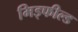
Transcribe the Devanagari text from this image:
मिड्फील्ड